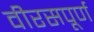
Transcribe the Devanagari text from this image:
वीरसपूर्ण